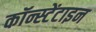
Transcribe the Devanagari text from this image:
कॉन्स्टेंटाइन